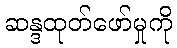
ဆန္ဒထုတ်ဖော်မှုကို